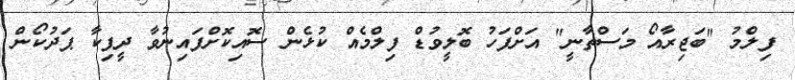
ފިލްމު "ބަޖިރާއޯ މަސްތާނީ" އަށްފަހު ބޮލީވުޑް ފިލްމެއް ކުޅެން ސޮއިކޮށްފައިނުވާ ދީޕިކާ ޕަދުކޯން